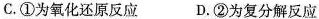
C.①为氧化还原反应D.②为复分解反应